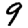
Digit: 9